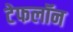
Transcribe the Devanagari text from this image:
टेफलॉन